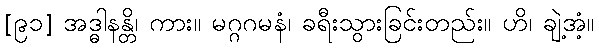
[၉၁] အဒ္ဓါနန္တိ၊ ကား။ မဂ္ဂဂမနံ၊ ခရီးသွားခြင်းတည်း။ ဟိ၊ ချဲ့အံ့။